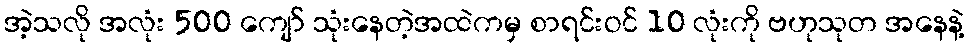
အဲ့သလို အလုံး 500 ကျော် သုံးနေတဲ့အထဲကမှ စာရင်းဝင် 10 လုံးကို ဗဟုသုတ အနေနဲ့